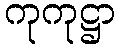
ကုကုဋ္ဌာ